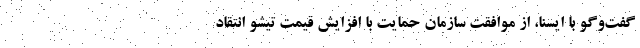
گفت‌وگو با ایسنا، از موافقت سازمان حمایت با افزایش قیمت تیشو انتقاد